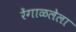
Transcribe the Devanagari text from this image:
रेंगाळलेला